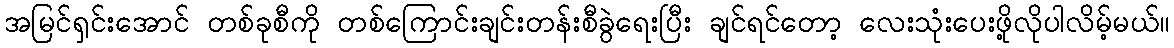
အမြင်ရှင်းအောင် တစ်ခုစီကို တစ်ကြောင်းချင်းတန်းစီခွဲရေးပြီး ချင်ရင်တော့ လေးသုံးပေးဖို့လိုပါလိမ့်မယ်။